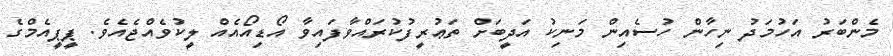
މެންބަރު އަހުމަދު ނިހާން ހުސެއިން މަނިކު އަދީބަށް ތަޢުރީފުކުރައްވާފައިވާ އޯޑިއޯއެއް ލީކުވެއްޖެއެވެ. ޕީޕީއެމްގެ